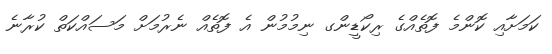
ކަމަށާއި ކޮންމެ ފޮތެއްގެ ރިކޯޑީންގ ނިމުމުން އެ ފޮތެއް ނެރުމަށް މަސައްކަތް ކުރާނެ